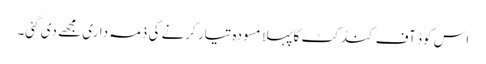
اس کوڈ آف کنڈکٹ کا پہلا مسودہ تیار کرنے کی ذمہ داری مجھے دی گئی۔